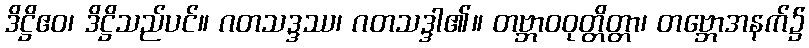
ဒိဋ္ဌိဧဝ၊ ဒိဋ္ဌိသည်ပင်။ ဂတသဒ္ဒဿ၊ ဂတသဒ္ဒါ၏။ တဗ္ဘာဝဝုတ္တိတ္တာ၊ တဗ္ဘောအနက်၌